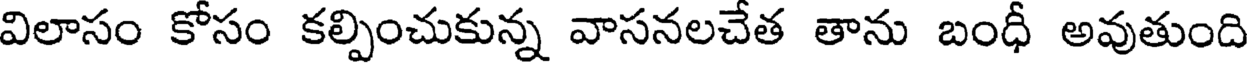
విలాసం కోసం కల్పించుకున్న వాసనలచేత తాను బంధీ అవుతుంది